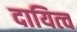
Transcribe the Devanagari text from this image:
दायित्‍व